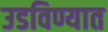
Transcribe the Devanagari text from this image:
उडविण्यात